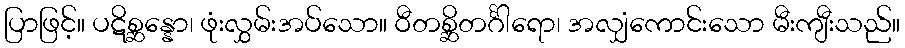
ပြာဖြင့်။ ပဋိစ္ဆန္နော၊ ဖုံးလွှမ်းအပ်သော။ ဝီတစ္ဆိတင်္ဂါရော၊ အလျှံကောင်းသော မီးကျီးသည်။